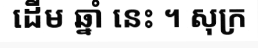
ដើម ឆ្នាំ នេះ ។ សុក្រ